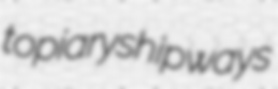
topiary shipways